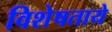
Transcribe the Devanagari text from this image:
विशेषताये